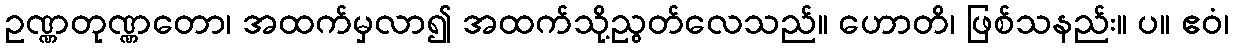
ဥဏ္ဏတုဏ္ဏတော၊ အထက်မှလာ၍ အထက်သို့ညွတ်လေသည်။ ဟောတိ၊ ဖြစ်သနည်း။ ပ။ ဧဝံ၊